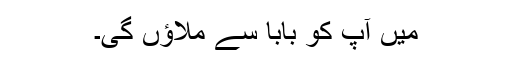
میں آپ کو بابا سے ملاؤں گی۔